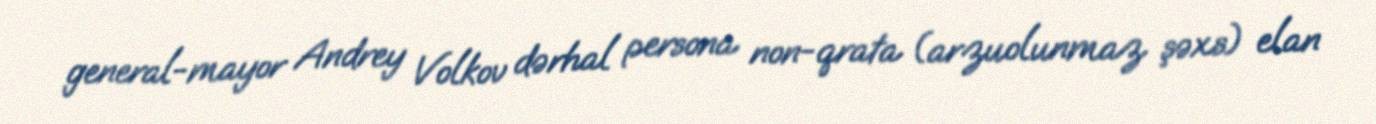
general-mayor Andrey Volkov dərhal persona non-qrata (arzuolunmaz şəxs) elan